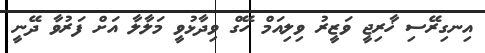
އިނގިރޭސި ޚާރިޖީ ވަޒީރު ވިލިއަމް ހޭގް ވިދާޅުވީ މަލާލާ އަށް ފަރުވާ ދޭނީ